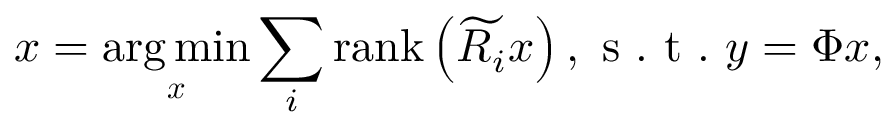
\boldsymbol { x } = \underset { \boldsymbol { x } } { \arg \operatorname* { m i n } } \sum _ { i } \operatorname { r a n k } \left( \widetilde { \boldsymbol { R } _ { i } } \boldsymbol { x } \right) , \mathrm { ~ s ~ . ~ t ~ . ~ } \boldsymbol { y } = \boldsymbol { \Phi } \boldsymbol { x } ,